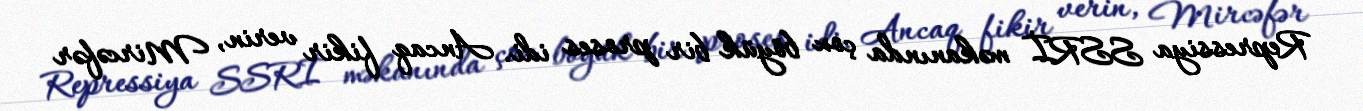
Repressiya SSRİ məkanında çox böyük bir proses idi. Ancaq fikir verin, Mircəfər